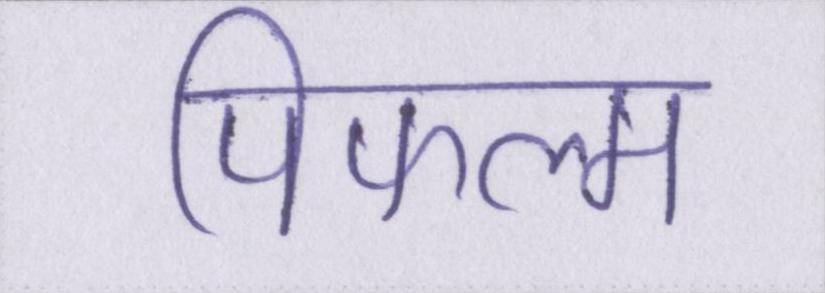
पिफल्म